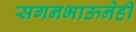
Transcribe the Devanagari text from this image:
सगनभाऊनेही